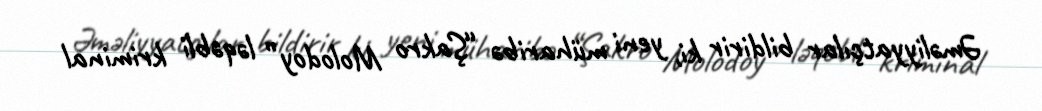
Əməliyyatçılar bildirir ki, yeni müharibə “Şakro Molodoy” ləqəbli kriminal